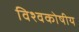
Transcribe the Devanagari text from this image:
विश्वकोषीय